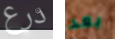
درع بعد